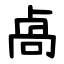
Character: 卨